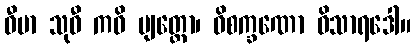
ဓီမာ သုဓီ ကဝိ ဗျတ္တော၊ ဝိစက္ခဏော ဝိသာရဒေါ။